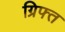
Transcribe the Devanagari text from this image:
ग्रिफ्त